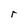
Character: r